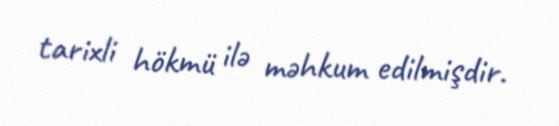
tarixli hökmü ilə məhkum edilmişdir.